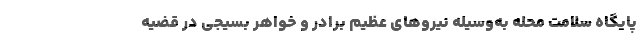
پایگاه سلامت محله به‌وسیله نیروهای عظیم برادر و خواهر بسیجی در قضیه